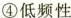
④\rightarrow低频性